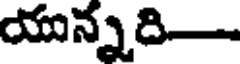
యున్నది-